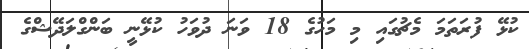
ކުޅޭ ފުރަތަމަ މެޗުގައި މި މަހުގެ 18 ވަނަ ދުވަހު ކުޅޭނީ ބަންގްލަދޭޝްގެ